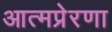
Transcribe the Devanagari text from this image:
आत्मप्रेरणा